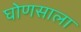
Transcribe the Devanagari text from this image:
घोणसाला